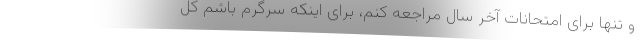
و تنها برای امتحانات آخر سال مراجعه کنم، برای اینکه سرگرم باشم کل